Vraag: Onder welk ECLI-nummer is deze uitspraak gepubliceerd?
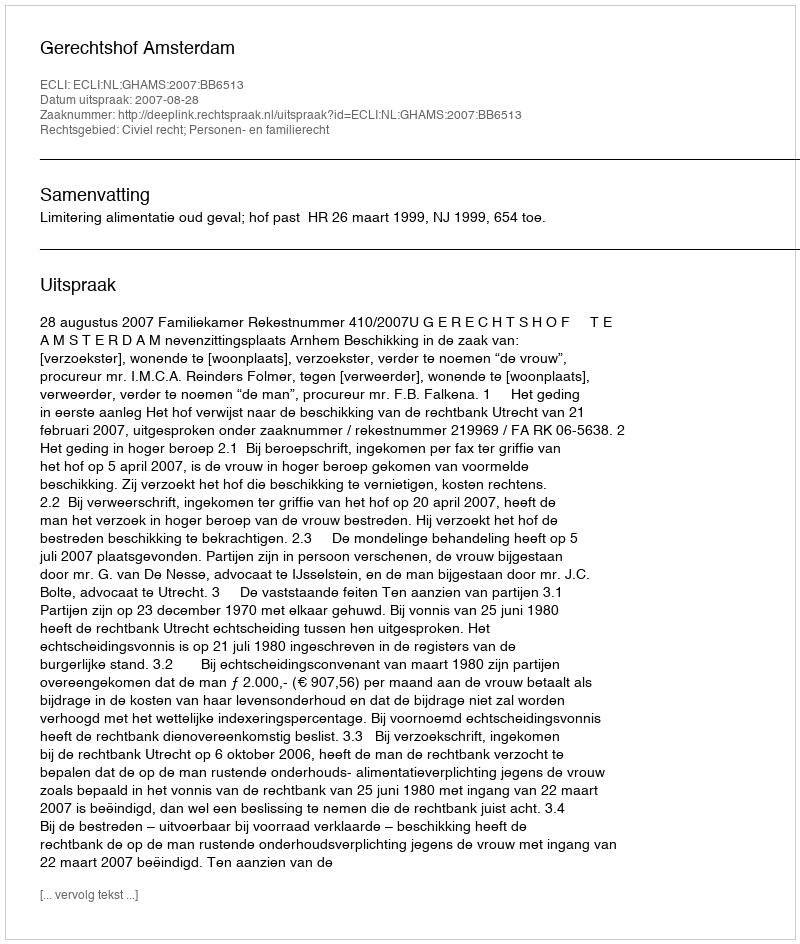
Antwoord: ECLI:NL:GHAMS:2007:BB6513